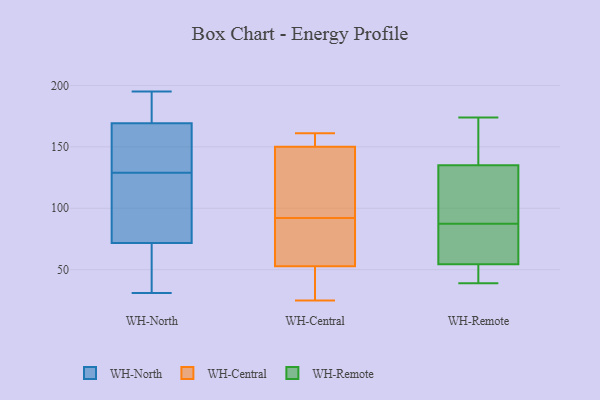
{"axis": {"x": "Conversion Rate (%)", "y": "Value"}, "legend": ["WH-Central", "WH-North", "WH-Remote"], "data": [{"x": "", "y": 164, "type": "WH-North"}, {"x": "", "y": 80, "type": "WH-North"}, {"x": "", "y": 31, "type": "WH-North"}, {"x": "", "y": 69, "type": "WH-North"}, {"x": "", "y": 195, "type": "WH-North"}, {"x": "", "y": 171, "type": "WH-North"}, {"x": "", "y": 126, "type": "WH-North"}, {"x": "", "y": 66, "type": "WH-North"}, {"x": "", "y": 129, "type": "WH-North"}, {"x": "", "y": 136, "type": "WH-North"}, {"x": "", "y": 188, "type": "WH-North"}, {"x": "", "y": 37, "type": "WH-Central"}, {"x": "", "y": 25, "type": "WH-Central"}, {"x": "", "y": 155, "type": "WH-Central"}, {"x": "", "y": 92, "type": "WH-Central"}, {"x": "", "y": 49, "type": "WH-Central"}, {"x": "", "y": 67, "type": "WH-Central"}, {"x": "", "y": 157, "type": "WH-Central"}, {"x": "", "y": 161, "type": "WH-Central"}, {"x": "", "y": 135, "type": "WH-Central"}, {"x": "", "y": 64, "type": "WH-Central"}, {"x": "", "y": 132, "type": "WH-Central"}, {"x": "", "y": 115, "type": "WH-Remote"}, {"x": "", "y": 63, "type": "WH-Remote"}, {"x": "", "y": 167, "type": "WH-Remote"}, {"x": "", "y": 51, "type": "WH-Remote"}, {"x": "", "y": 52, "type": "WH-Remote"}, {"x": "", "y": 169, "type": "WH-Remote"}, {"x": "", "y": 160, "type": "WH-Remote"}, {"x": "", "y": 83, "type": "WH-Remote"}, {"x": "", "y": 144, "type": "WH-Remote"}, {"x": "", "y": 57, "type": "WH-Remote"}, {"x": "", "y": 46, "type": "WH-Remote"}, {"x": "", "y": 126, "type": "WH-Remote"}, {"x": "", "y": 93, "type": "WH-Remote"}, {"x": "", "y": 174, "type": "WH-Remote"}, {"x": "", "y": 98, "type": "WH-Remote"}, {"x": "", "y": 75, "type": "WH-Remote"}, {"x": "", "y": 50, "type": "WH-Remote"}, {"x": "", "y": 39, "type": "WH-Remote"}, {"x": "", "y": 87, "type": "WH-Remote"}, {"x": "", "y": 88, "type": "WH-Remote"}]}